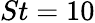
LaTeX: St=10